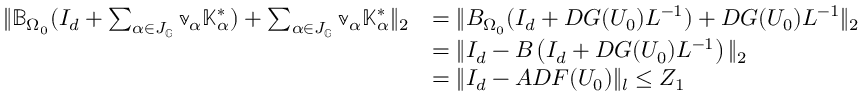
\begin{array} { r l } { \| \mathbb { B } _ { \Omega _ { 0 } } ( I _ { d } + \sum _ { \alpha \in J _ { \mathbb { G } } } \mathbb { v } _ { \alpha } \mathbb { K } _ { \alpha } ^ { * } ) + \sum _ { \alpha \in J _ { \mathbb { G } } } \mathbb { v } _ { \alpha } \mathbb { K } _ { \alpha } ^ { * } \| _ { 2 } } & { = \| { B } _ { \Omega _ { 0 } } ( I _ { d } + D G ( U _ { 0 } ) L ^ { - 1 } ) + D G ( U _ { 0 } ) L ^ { - 1 } \| _ { 2 } } \\ & { = \| I _ { d } - { B } \left( I _ { d } + D G ( U _ { 0 } ) L ^ { - 1 } \right) \| _ { 2 } } \\ & { = \| I _ { d } - A D F ( U _ { 0 } ) \| _ { l } \le Z _ { 1 } } \end{array}